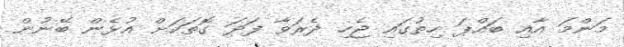
މަންމަ އާއި ބައްޕަ ހިތުގައި ޖެހި ދެރަވާ ފަދަ ގޮތަކަށް އުޅެން ބޭނުން